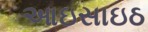
આઇસાઇઠ